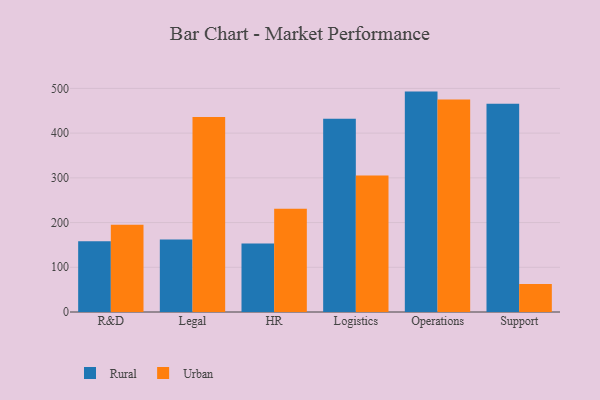
{"axis": {"x": "Department", "y": "Budget (USD K)"}, "legend": ["Rural", "Urban"], "data": [{"x": "R&D", "y": 158.4, "type": "Rural"}, {"x": "R&D", "y": 195.1, "type": "Urban"}, {"x": "Legal", "y": 161.9, "type": "Rural"}, {"x": "Legal", "y": 436.1, "type": "Urban"}, {"x": "HR", "y": 153.2, "type": "Rural"}, {"x": "HR", "y": 230.8, "type": "Urban"}, {"x": "Logistics", "y": 432.0, "type": "Rural"}, {"x": "Logistics", "y": 305.3, "type": "Urban"}, {"x": "Operations", "y": 492.9, "type": "Rural"}, {"x": "Operations", "y": 475.1, "type": "Urban"}, {"x": "Support", "y": 465.5, "type": "Rural"}, {"x": "Support", "y": 62.8, "type": "Urban"}]}